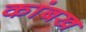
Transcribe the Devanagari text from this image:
कांबख